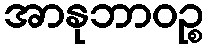
အာနုဘာဝဉ္စ